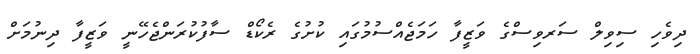
ދިވެހި ސިވިލް ސަރވިސްގެ ވަޒީފާ ހަމަޖެއްސުމުގައި ކުށުގެ ރެކޯޑް ސާފުކުރަންޖެހޭނީ ވަޒީފާ ދިނުމަށް